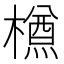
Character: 𣜃